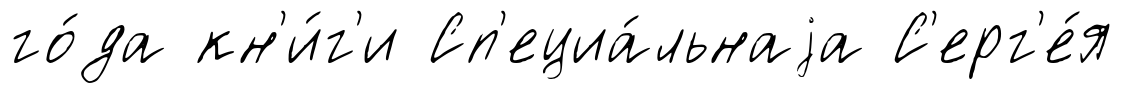
го́да кн'и́г'и Сп'ециа́льнаjа С'ерг'е́я